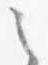
之